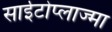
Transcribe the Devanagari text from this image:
साईटोप्लाज्मा